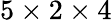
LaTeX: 5\times 2\times 4